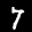
Label: 7